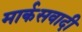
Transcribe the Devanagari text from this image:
मार्कसवादी